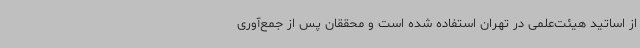
از اساتید هیئت‌علمی در تهران استفاده شده است و محققان پس از جمع‌آوری